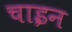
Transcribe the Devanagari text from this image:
चाइन